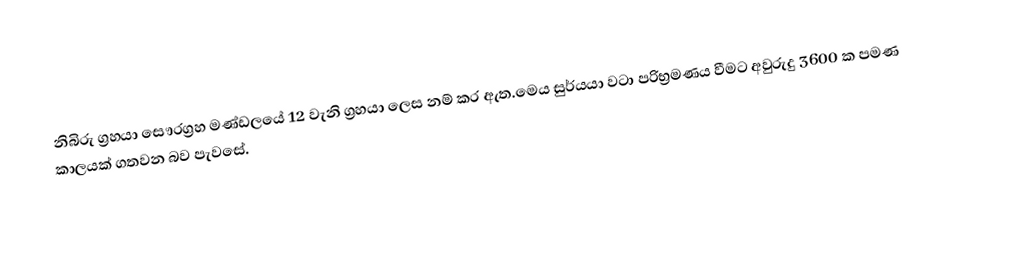
නිබිරු ග්‍රහයා සෞරග්‍රහ මණ්ඩලයේ 12 වැනි ග්‍රහයා ලෙස නම් කර ඇත.මෙය සුර්යයා වටා පරිභ්‍රමණය වීමට අවුරුදු 3600 ක පමණ කාලයක් ගතවන බව පැවසේ.